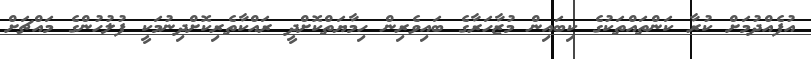
އުފެއްދުމަށް ކުރާ ކަންތައްތަކުގެ ކިބައިން މުޒާހަރާގެ ބައިވެރިން ހިމާޔަތްކޮށްދީ ރައްކާތެރިކޮށްދިނުމަކީ ފުލުހުންގެ މައްޗަށް